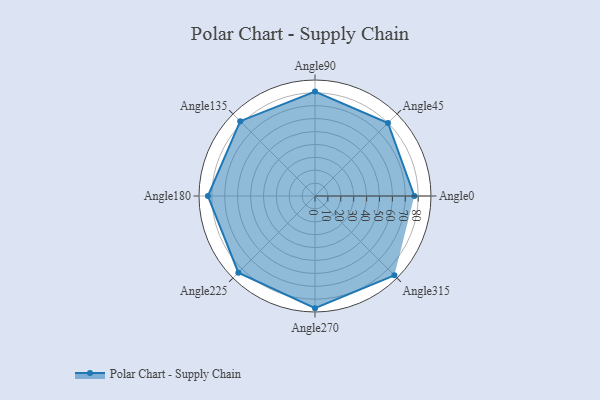
{"axis": {"x": "Angle", "y": "Radius"}, "legend": [""], "data": [{"x": "Angle0", "y": 77.0, "type": ""}, {"x": "Angle45", "y": 80.0, "type": ""}, {"x": "Angle90", "y": 81.0, "type": ""}, {"x": "Angle135", "y": 82.0, "type": ""}, {"x": "Angle180", "y": 83.0, "type": ""}, {"x": "Angle225", "y": 84.0, "type": ""}, {"x": "Angle270", "y": 87.0, "type": ""}, {"x": "Angle315", "y": 87.0, "type": ""}]}